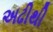
અઢીથી